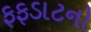
ફફડાટનો